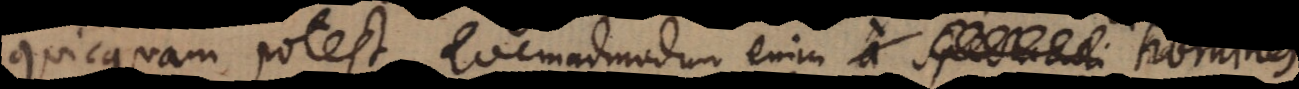
quicquam potest. Quemadmodum enim a spectac